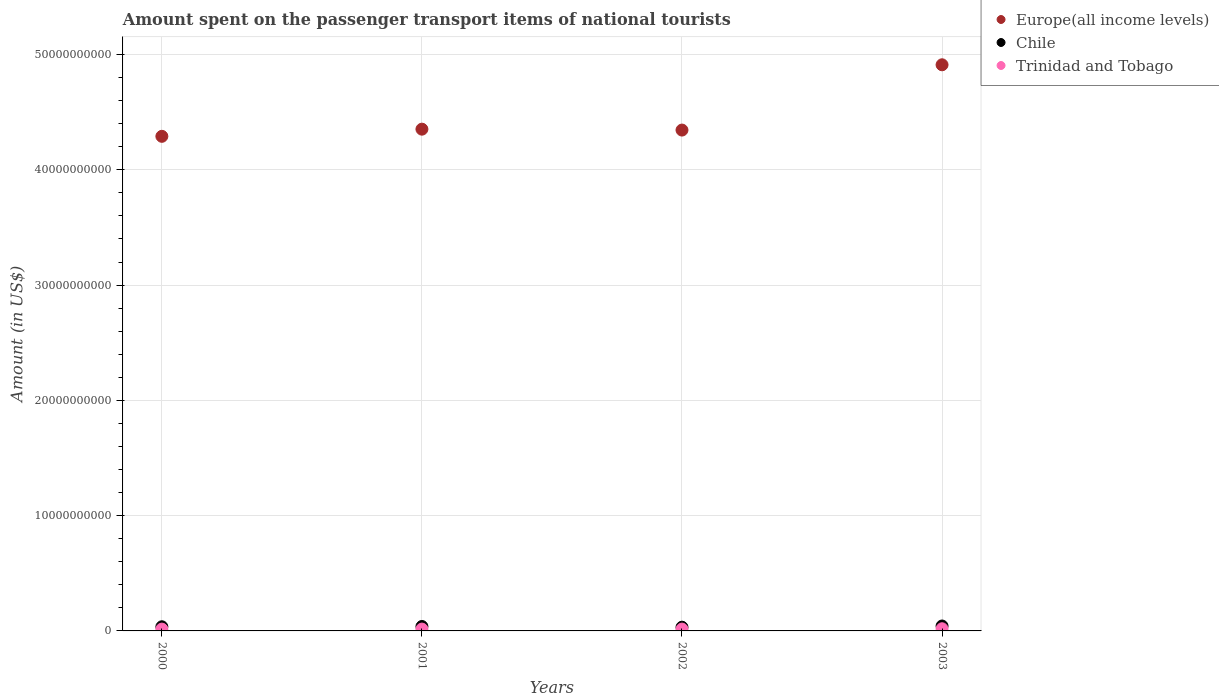
| Years | Europe(all income levels) | Chile | Trinidad and Tobago |
 | --- | --- | --- | --- |
 | 2000 | 4.29e+10 | 3.6e+08 | 1.58e+08 |
 | 2001 | 4.35e+10 | 3.85e+08 | 1.6e+08 |
 | 2002 | 4.34e+10 | 3.23e+08 | 1.6e+08 |
 | 2003 | 4.91e+10 | 4.26e+08 | 1.88e+08 |